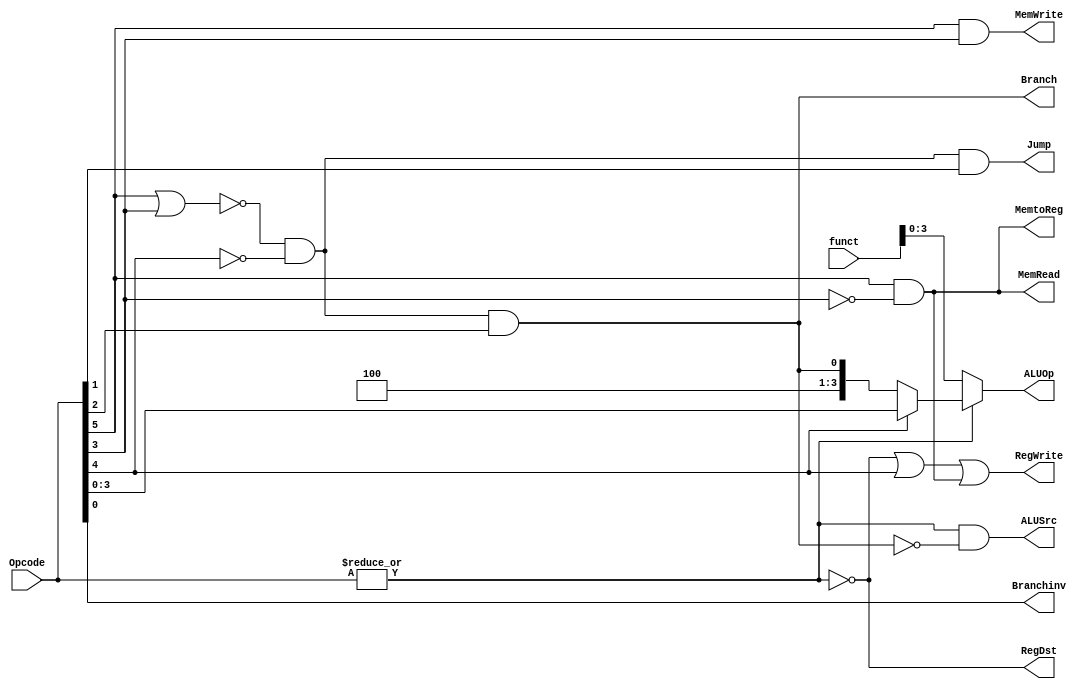
`timescale 1ns / 1ps

module Control(
    output RegDst,
    output Jump,
    output Branch,
    output Branchinv,
    output MemRead,
    output MemtoReg,
    output [3:0] ALUOp,
    output MemWrite,
    output ALUSrc,
    output RegWrite,
    input [5:0] Opcode,
    input [5:0] funct
    );
    
    wire br,notrtype;
    wire [3:0] opinst,aluc;
    
    assign br = ~(Opcode[5]|Opcode[3]) & ~Opcode[4];
    assign notrtype = |Opcode;
    
    assign ALUSrc = notrtype & ~Branch;
    assign RegDst = ~notrtype;
    assign Jump = br & Opcode[1];
    assign Branch = br & Opcode[2];
    assign Branchinv = Opcode[0];
    assign MemRead = Opcode[5] & ~Opcode[3];
    assign MemtoReg = MemRead;
    assign MemWrite = Opcode[5] & Opcode[3];
    assign RegWrite = RegDst | Opcode[4] | MemRead;
    
    assign opinst = {3'b100,Branch};
    assign aluc = Opcode[4] ? Opcode[3:0] : opinst;
    assign ALUOp = RegDst ? funct[3:0] : aluc;
    
endmodule

//module mux_2x1_4b #(parameter N = 4)(in0, in1, sel, out);

 //   input [N - 1:0] in0, in1;
 //   input sel;
 //   output [N - 1:0] out;
    
 //   assign out  = sel ? in1 : in0;

//endmodule